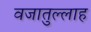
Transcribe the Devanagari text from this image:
वजातुल्लाह